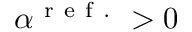
\alpha ^ { \mathrm { ~ r ~ e ~ f ~ . ~ } } > 0